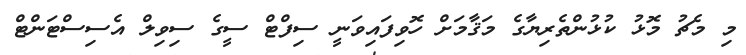
މި މެޗު މޮޅު ކުޅުންތެރިޔާގެ މަޤާމަށް ހޮވިފައިވަނީ ސިފްޓް ސީގެ ސިވިލް އެސިސްޓަންޓް